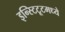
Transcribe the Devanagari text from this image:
इन्स्टिटूटमध्ये